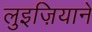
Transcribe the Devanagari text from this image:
लुइज़ियाने